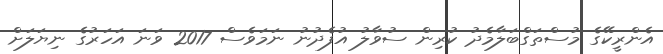
އެންރީކޭގެ މުސްތަގްބަލާމެދު ކުރިން ސުވާލު އުފެދުނު ނަމަވެސް 2017 ވަނަ އަހަރުގެ ނިޔަލަށް